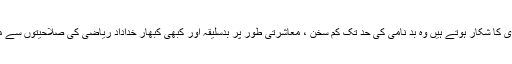
جو افراد اس بیماری کا شکار ہوتے ہیں وہ بد نامی کی حد تک کم سخن ، معاشرتی طور پر بدسلیقہ اور کبھی کبھار خداداد ریاضی کی صلاحیتوں سے مالا مال ہوتے ہیں۔